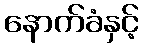
နောက်ခံနှင့်